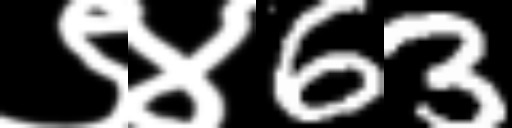
Text: ९४63